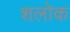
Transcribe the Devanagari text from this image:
शलोक